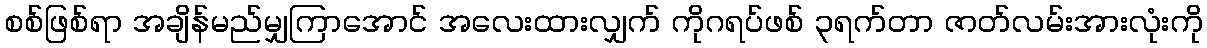
စစ်ဖြစ်ရာ အချိန်မည်မျှကြာအောင် အလေးထားလျှက် ကိုဂရပ်ဖစ် ၃ရက်တာ ဇာတ်လမ်းအားလုံးကို